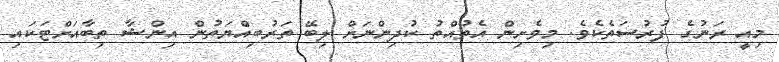
މިއީ ރަނުގެ ފުރުސަތެކެވެ. މިވެށިން އެތުއްތު ކުދިންނަށް ލިބޭ ތަރުބިއްޔަތުން އިންޝާ ތިބާއަށްޓަކައި